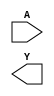
/**
 * Copyright 2020 The SkyWater PDK Authors
 *
 * Licensed under the Apache License, Version 2.0 (the "License");
 * you may not use this file except in compliance with the License.
 * You may obtain a copy of the License at
 *
 *     https://www.apache.org/licenses/LICENSE-2.0
 *
 * Unless required by applicable law or agreed to in writing, software
 * distributed under the License is distributed on an "AS IS" BASIS,
 * WITHOUT WARRANTIES OR CONDITIONS OF ANY KIND, either express or implied.
 * See the License for the specific language governing permissions and
 * limitations under the License.
 *
 * SPDX-License-Identifier: Apache-2.0
 */

`ifndef SKY130_FD_SC_LS__INV_SYMBOL_V
`define SKY130_FD_SC_LS__INV_SYMBOL_V

/**
 * inv: Inverter.
 *
 * Verilog stub (without power pins) for graphical symbol definition
 * generation.
 *
 * WARNING: This file is autogenerated, do not modify directly!
 */

`timescale 1ns / 1ps
`default_nettype none

(* blackbox *)
module sky130_fd_sc_ls__inv (
    //# {{data|Data Signals}}
    input  A,
    output Y
);

    // Voltage supply signals
    supply1 VPWR;
    supply0 VGND;
    supply1 VPB ;
    supply0 VNB ;

endmodule

`default_nettype wire
`endif  // SKY130_FD_SC_LS__INV_SYMBOL_V